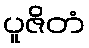
ပူဇိတံ